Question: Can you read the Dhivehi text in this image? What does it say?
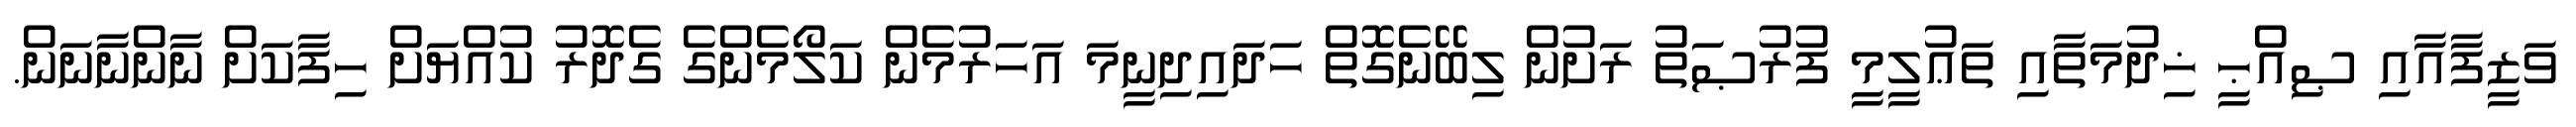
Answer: ވަޒީފާއާއި ޞިއްޙީ ޚިދުމަތާއި ތަޢުލީމީ ފުރުޞަތު ރަށުން ލިބޭނެގޮތް ހަދައިދިނީމަ އަހަރުމެން ކަލޯމެންގެ ގެދޮރު ކުއްޔަށް ހިފާކަށް ނާންނާނަން.